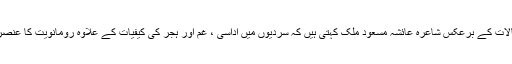
عباس تابش کے ان خیالات کے برعکس شاعرہ عائشہ مسعود ملک کہتی ہیں کہ سردیوں میں اداسی ، غم اور ہجر کی کیفیات کے علاوہ رومانویت کا عنصر بھی اتنا ہی شدید ہے۔